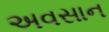
અવસાન